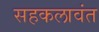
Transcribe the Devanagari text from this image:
सहकलावंत